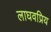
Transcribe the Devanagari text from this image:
लाघवप्रिय